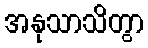
အနုသာသိတွာ